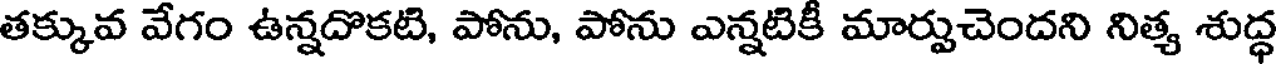
తక్కువ వేగం ఉన్నదొకటి, పోను, పోను ఎన్నటికీ మార్పుచెందని నిత్య శుద్ధ